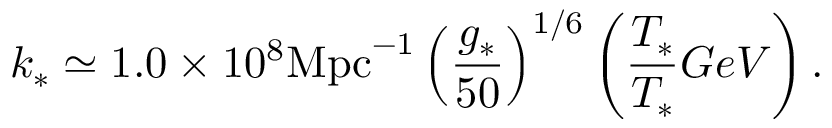
k _ { * } \simeq 1 . 0 \times 1 0 ^ { 8 } \mathrm { M p c } ^ { - 1 } \left( \frac { g _ { * } } { 5 0 } \right) ^ { 1 / 6 } \left( \frac { T _ { * } } { T _ { * } } { G e V } \right) .